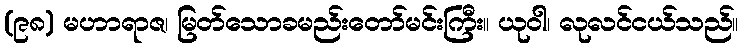
(၉၈) မဟာရာဇ၊ မြတ်သောခမည်းတော်မင်းကြီး။ ယုဝါ၊ လုလင်ငယ်သည်။